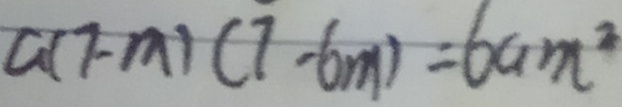
a ( 7 - m ) ( 7 - 6 m ) = 6 a m ^ { 2 }